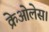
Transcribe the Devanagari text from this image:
क्रेओलेस।